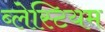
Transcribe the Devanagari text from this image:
ब्लेस्टियम